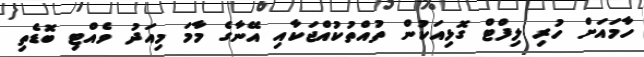
ހާމައަށް ހުރި ލިފްޓް ގޮޅިއަކުން ތުއްތުކުއްޖަކާއި އޭނާގެ މާމަ މިއަދު ވެއްޓި ބޮޑެތި